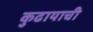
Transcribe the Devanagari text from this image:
कुढायाची